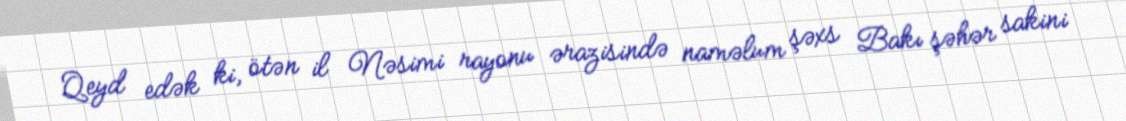
Qeyd edək ki, ötən il Nəsimi rayonu ərazisində naməlum şəxs Bakı şəhər sakini